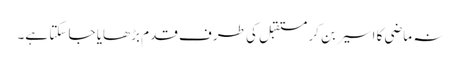
نہ ماضی کا اسیر بن کر مستقبل کی طرف قدم بڑھایا جا سکتا ہے۔